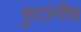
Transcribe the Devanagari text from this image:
फुटांनीच